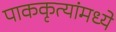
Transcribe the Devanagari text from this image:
पाककृत्यांमध्ये